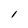
Character: 1